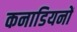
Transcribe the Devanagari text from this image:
कनाडियनों